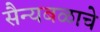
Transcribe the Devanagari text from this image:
सैन्यबळाचे